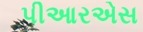
પીઆરએસ